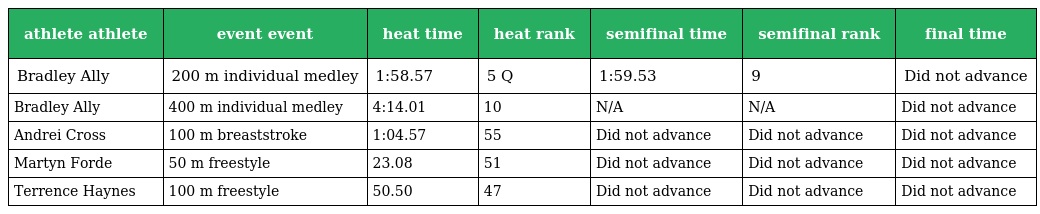
| athlete athlete | event event | heat time | heat rank | semifinal time | semifinal rank | final time |
 | --- | --- | --- | --- | --- | --- | --- |
 | Bradley Ally | 200 m individual medley | 1:58.57 | 5 Q | 1:59.53 | 9 | Did not advance |
 | Bradley Ally | 400 m individual medley | 4:14.01 | 10 | N/A | N/A | Did not advance |
 | Andrei Cross | 100 m breaststroke | 1:04.57 | 55 | Did not advance | Did not advance | Did not advance |
 | Martyn Forde | 50 m freestyle | 23.08 | 51 | Did not advance | Did not advance | Did not advance |
 | Terrence Haynes | 100 m freestyle | 50.50 | 47 | Did not advance | Did not advance | Did not advance |